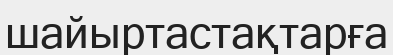
шайыртастақтарға